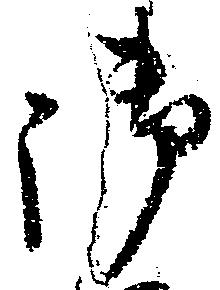
御